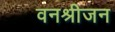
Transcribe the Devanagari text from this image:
वनश्रीजन